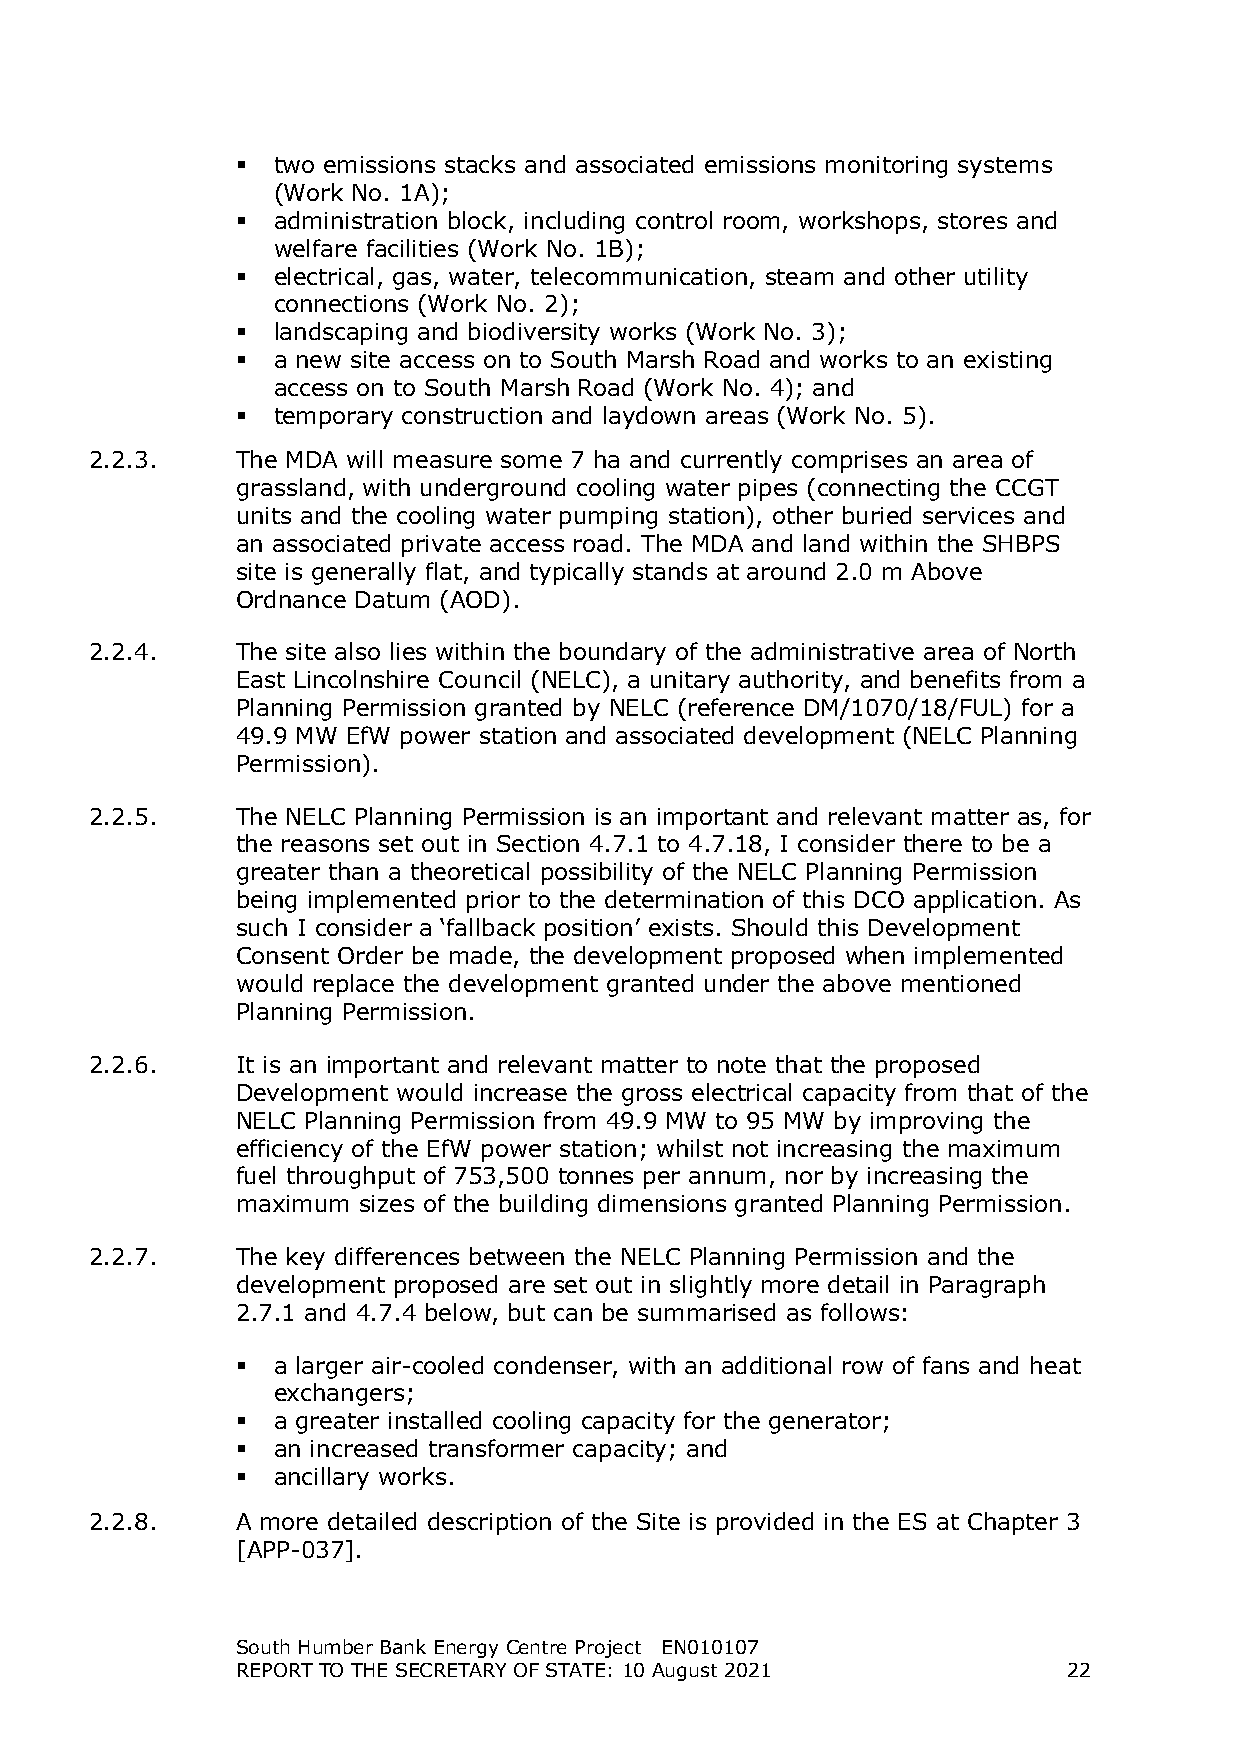
 two emissions stacks and associated emissions monitoring systems
 (Work No. 1A);
  administration block, including control room, workshops, stores and
 welfare facilities (Work No. 1B);
  electrical, gas, water, telecommunication, steam and other utility
 connections (Work No. 2);
  landscaping and biodiversity works (Work No. 3);
  a new site access on to South Marsh Road and works to an existing
 access on to South Marsh Road (Work No. 4); and
  temporary construction and laydown areas (Work No. 5).
 2.2.3.    The MDA will measure some 7 ha and currently comprises an area of
 grassland, with underground cooling water pipes (connecting the CCGT
 units and the cooling water pumping station), other buried services and
 an associated private access road. The MDA and land within the SHBPS
 site is generally flat, and typically stands at around 2.0 m Above
 Ordnance Datum (AOD).
 2.2.4.    The site also lies within the boundary of the administrative area of North
 East Lincolnshire Council (NELC), a unitary authority, and benefits from a
 Planning Permission granted by NELC (reference DM/1070/18/FUL) for a
 49.9 MW EfW power station and associated development (NELC Planning
 Permission).
 2.2.5.    The NELC Planning Permission is an important and relevant matter as, for
 the reasons set out in Section 4.7.1 to 4.7.18, I consider there to be a
 greater than a theoretical possibility of the NELC Planning Permission
 being implemented prior to the determination of this DCO application. As
 such I consider a ‘fallback position’ exists. Should this Development
 Consent Order be made, the development proposed when implemented
 would replace the development granted under the above mentioned
 Planning Permission.
 2.2.6.    It is an important and relevant matter to note that the proposed
 Development would increase the gross electrical capacity from that of the
 NELC Planning Permission from 49.9 MW to 95 MW by improving the
 efficiency of the EfW power station; whilst not increasing the maximum
 fuel throughput of 753,500 tonnes per annum, nor by increasing the
 maximum sizes of the building dimensions granted Planning Permission.
 2.2.7.    The key differences between the NELC Planning Permission and the
 development proposed are set out in slightly more detail in Paragraph
 2.7.1 and 4.7.4 below, but can be summarised as follows:
  a larger air-cooled condenser, with an additional row of fans and heat
 exchangers;
  a greater installed cooling capacity for the generator;
  an increased transformer capacity; and
  ancillary works.
 2.2.8.    A more detailed description of the Site is provided in the ES at Chapter 3
 [APP-037].
 South Humber Bank Energy Centre Project EN010107
 REPORT TO THE SECRETARY OF STATE: 10 August 2021       22